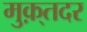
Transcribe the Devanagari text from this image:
मुक़्तदर